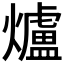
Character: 爐